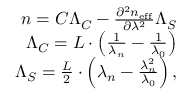
\begin{array} { r } { n = C \Lambda _ { C } - \frac { \partial ^ { 2 } n _ { \mathrm { e f f } } } { \partial \lambda ^ { 2 } } \Lambda _ { S } } \\ { \Lambda _ { C } = L \cdot \left( \frac { 1 } { \lambda _ { n } } - \frac { 1 } { \lambda _ { 0 } } \right) } \\ { \Lambda _ { S } = \frac { L } { 2 } \cdot \left( \lambda _ { n } - \frac { \lambda _ { n } ^ { 2 } } { \lambda _ { 0 } } \right) , } \end{array}